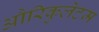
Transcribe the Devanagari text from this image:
औरिकुलेटम